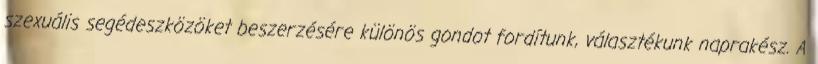
szexuális segédeszközöket beszerzésére különös gondot fordítunk, választékunk naprakész. A